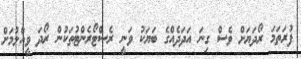
ފުރަތަމަ ރޯދަޔަށް ވެސް ގިނަ އަދަދެއްގެ ބަޔަކު ވަނީ ރެސްޓޯރެންޓުތަކުން ރޯދަ ވީއްލުމަށް